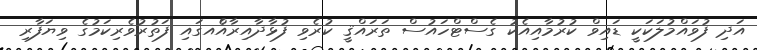
އަދި ފުވައްމުލަކަކީ ޑައިވް ކުރުމާއިއެކު ގެސްޓްހައުސް ތަރައްޤީ ކުރެވި ފުޅާދާއިރާއެްއގައި ފަތުރުވެރިކަމުގެ ވިޔަފާރި